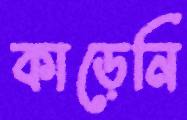
কাড়েনি